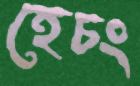
হেচং